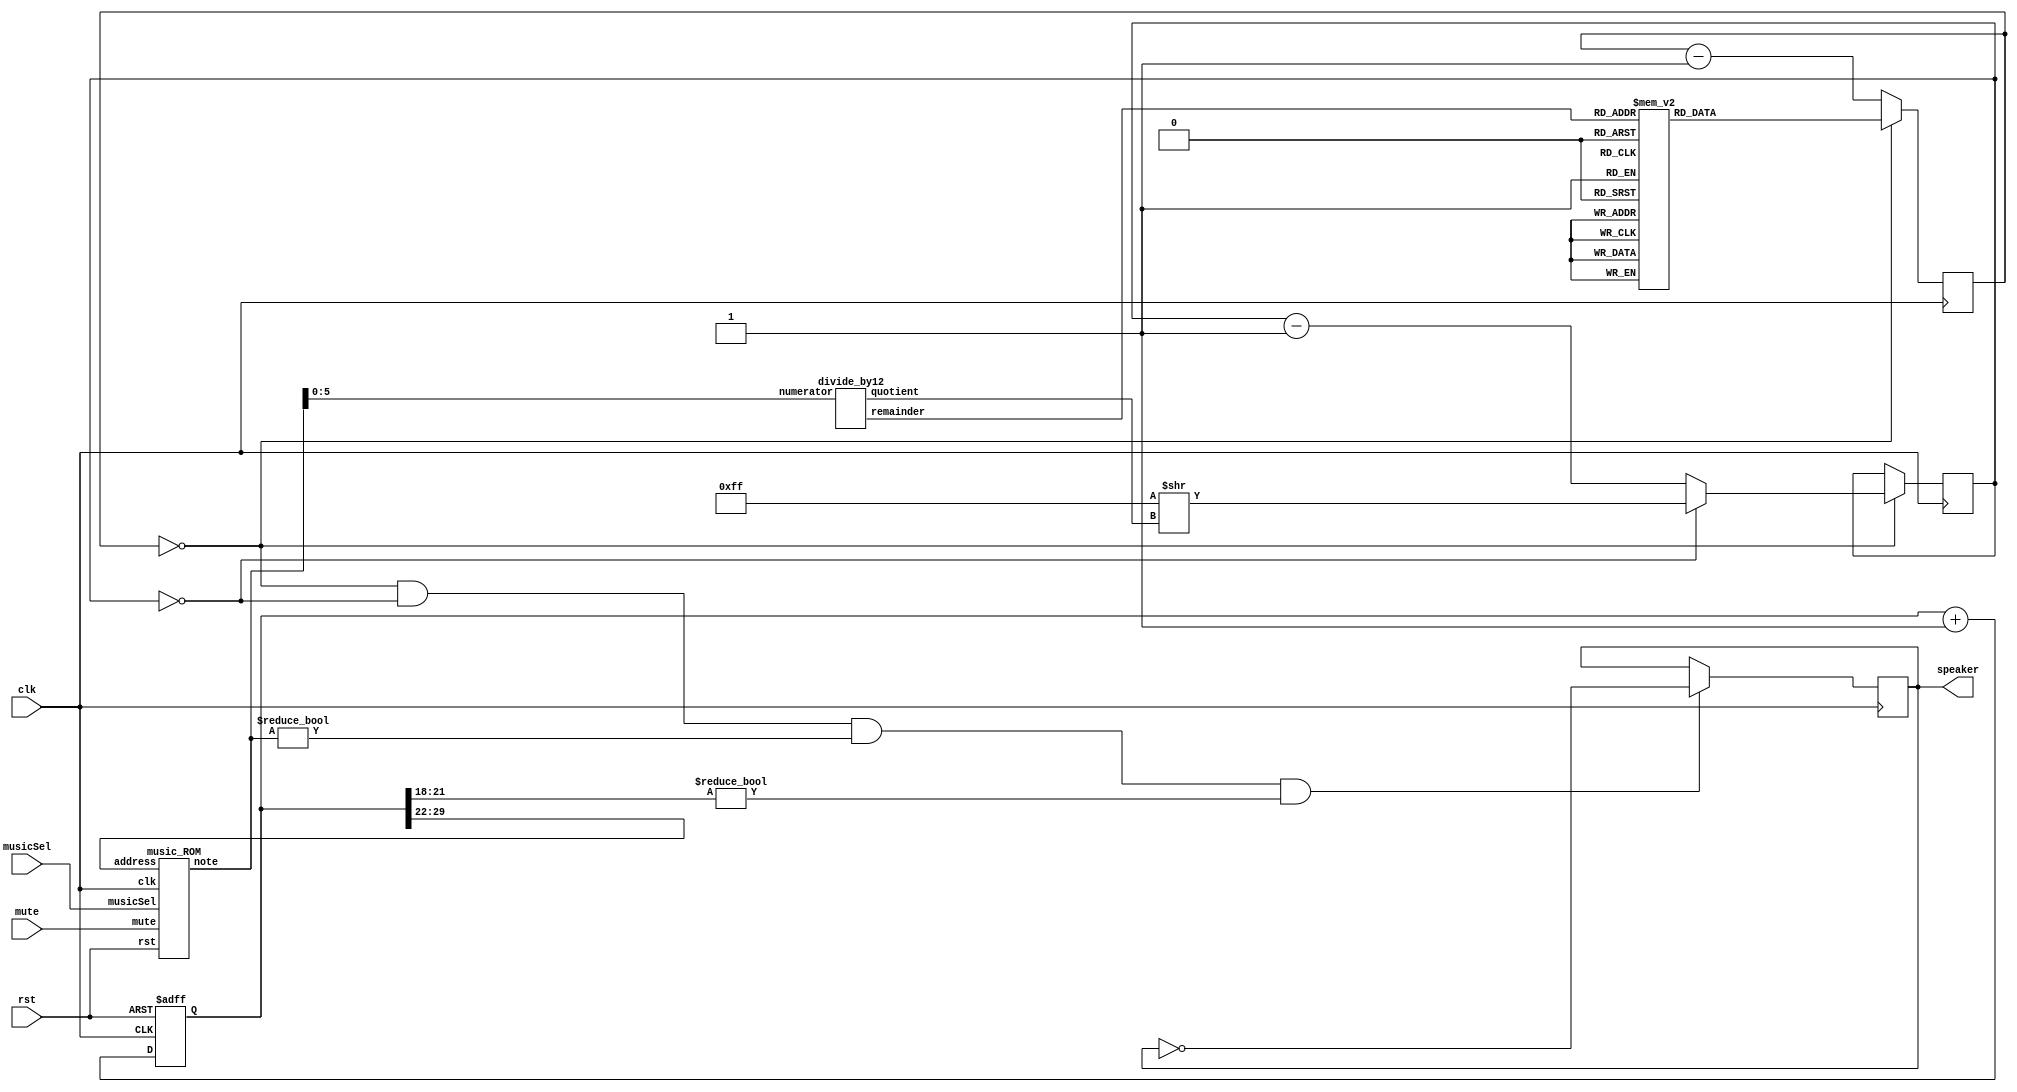
//MusicSel1: ball hit sound
//MusicSel2: score increase sound
//MusicSel3: game won sound

module game_audio(input clk, input mute, input rst, input[1:0] musicSel, output reg speaker);

	reg [30:0] tone;
	always @ (posedge rst, posedge clk)
		if (rst) tone <= 0;
		else tone <= tone+31'd1;

	wire [7:0] fullnote;
	music_ROM get_fullnote(.clk(clk), .mute(mute), .rst(rst), .musicSel(musicSel), .address(tone[29:22]), .note(fullnote));

	wire [2:0] octave;
	wire [3:0] note;
	divide_by12 get_octave_and_note(.numerator(fullnote[5:0]), .quotient(octave), .remainder(note));

	reg [8:0] clkdivider;
	
	always @*
		case(note)
			 0: clkdivider = 9'd511;//A
			 1: clkdivider = 9'd482;// A#/Bb
			 2: clkdivider = 9'd455;//B
			 3: clkdivider = 9'd430;//C
			 4: clkdivider = 9'd405;// C#/Db
			 5: clkdivider = 9'd383;//D
			 6: clkdivider = 9'd361;// D#/Eb
			 7: clkdivider = 9'd341;//E
			 8: clkdivider = 9'd322;//F
			 9: clkdivider = 9'd303;// F#/Gb
			10: clkdivider = 9'd286;//G
			11: clkdivider = 9'd270;// G#/Ab
			default: clkdivider = 9'd0;
		endcase

	reg [8:0] counter_note;
	reg [7:0] counter_octave;
	
	always @(posedge clk) counter_note <= counter_note==0 ? clkdivider : counter_note-9'd1;
	always @(posedge clk) if(counter_note==0) counter_octave <= counter_octave==0 ? 8'd255 >> octave : counter_octave-8'd1;
	always @(posedge clk) if(counter_note==0 && counter_octave==0 && fullnote!=0 && tone[21:18]!=0) speaker <= ~speaker;
	
endmodule

/////////////////////////////////////////////////////

module divide_by12(
	input [5:0] numerator,  // value to be divided by 12
	output reg [2:0] quotient, 
	output [3:0] remainder
	);

	reg [1:0] remainder3to2;
	
	always @(numerator[5:2])
		case(numerator[5:2])
			 0: begin quotient=0; remainder3to2=0; end
			 1: begin quotient=0; remainder3to2=1; end
			 2: begin quotient=0; remainder3to2=2; end
			 3: begin quotient=1; remainder3to2=0; end
			 4: begin quotient=1; remainder3to2=1; end
			 5: begin quotient=1; remainder3to2=2; end
			 6: begin quotient=2; remainder3to2=0; end
			 7: begin quotient=2; remainder3to2=1; end
			 8: begin quotient=2; remainder3to2=2; end
			 9: begin quotient=3; remainder3to2=0; end
			10: begin quotient=3; remainder3to2=1; end
			11: begin quotient=3; remainder3to2=2; end
			12: begin quotient=4; remainder3to2=0; end
			13: begin quotient=4; remainder3to2=1; end
			14: begin quotient=4; remainder3to2=2; end
			15: begin quotient=5; remainder3to2=0; end
		endcase

	assign remainder[1:0] = numerator[1:0];  // the first 2 bits are copied through
	assign remainder[3:2] = remainder3to2;  // and the last 2 bits come from the case statement
endmodule

/////////////////////////////////////////////////////

module music_ROM(
	input clk,
	input mute,
	input rst,
	input [1:0] musicSel,
	input [7:0] address,
	output reg [7:0] note
	);
	
	reg enable;
	always @ (posedge rst)
		enable = 1;

	always @(posedge clk)
		if (!mute && enable)
			if(musicSel == 2'b00)
				case(address)
					0: note<= 8'd20;
					default: begin note <= 8'd00; enable = 0; end
				endcase
				
			else if(musicSel == 2'b01)
				case(address)
					0: note<= 8'd20;
					1: note<= 8'd25;
					2: note<= 8'd30;
					default: begin note <= 8'd00; enable = 0; end
				endcase

			else if(musicSel == 2'b10)
				case(address)
					0: note<= 8'd30; 
					1: note<= 8'd28; 
					2: note<= 8'd30; 
					3: note<= 8'd30; 
					4: note<= 8'd32; 
					6: note<= 8'd32; 
					8: note<= 8'd32; 
					9: note<= 8'd32; 
					10: note<= 8'd32;
					default: begin note <= 8'd00; enable = 0; end
				endcase
			else
				note <= 8'd00;
		else note <= 8'd00;
				
endmodule